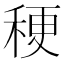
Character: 稉